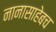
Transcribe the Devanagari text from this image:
नानासाहेबच